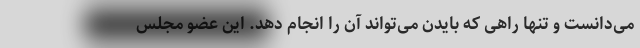
می‌دانست و تنها راهی که بایدن می‌تواند آن را انجام دهد. این عضو مجلس